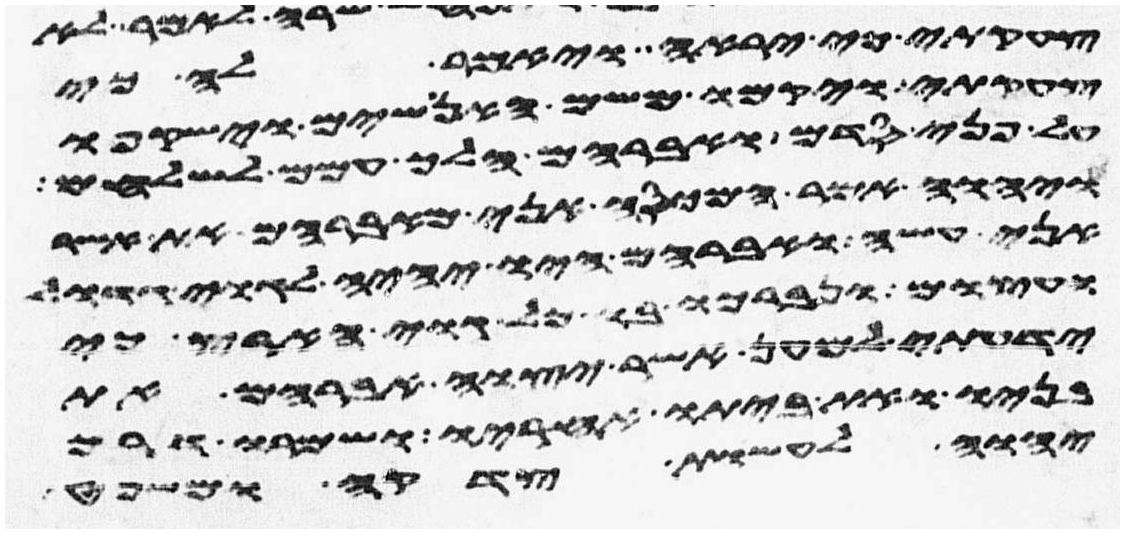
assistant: צחקתי כי יראה ויאמר לה כי
צחקת ויקמו משם האנושים וישקפו
על פני סדם ואברהם הלך עמם לשלחם
ויהוה אמר המכסה אני מאברהם את אשר
אני עשה ואברהם היו יהיה לגוי גדול
ועצום ונברכו בו כל גוי הארץ כי
ידעתי למען אשר יצוה אברהם את
בניו ואת ביתו אחריו ושמרו דרך
יהוה לעשות צדקה ומשפט